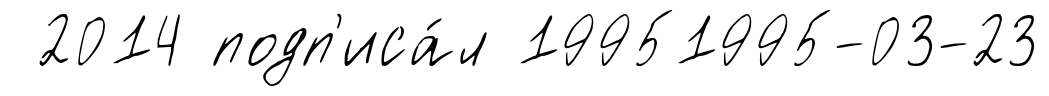
2014 подп'иса́л 19951995-03-23